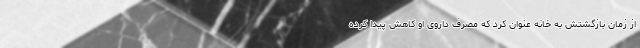
از زمان بازگشتش به خانه عنوان کرد که مصرف داروی او کاهش پیدا کرده